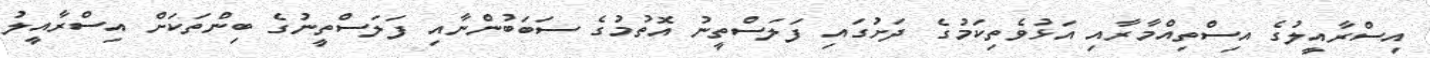
އިސްރާއީލުގެ އިސްތިއްމާރާއި އަޅުވެތިކަމުގެ ދަށުގައި ފަލަސްތީނު އޮތުމުގެ ސަބަބުންނާއި ފަލަސްތީނުގެ ބިންތަކަށް އިސްރާއީލު